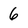
Character: 6